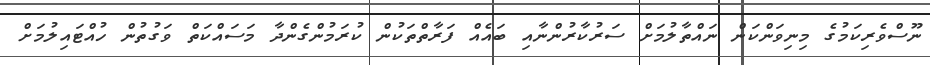
ނޫސްވެރިކަމުގެ މިނިވަންކަން ނައްތާލުމަށް ސަރުކާރުންނާއި ބައެއް ފަރާތްތަކުން ކުރަމުންގެންދާ މަސައްކަތް ވަގުތުން ހުއްޓައިލުމަށް